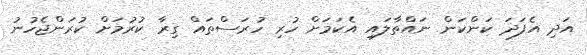
އަދި އެފަދަ ކަންކަން ނައްތާލައި އެކަމަށް ހުރި ހުރަސްތައް ގިރާ ކުރުމަށް ކުރަންޖެހުނު